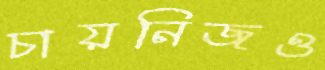
চায়নিজও